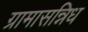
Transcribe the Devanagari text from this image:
ग्रामासन्निध